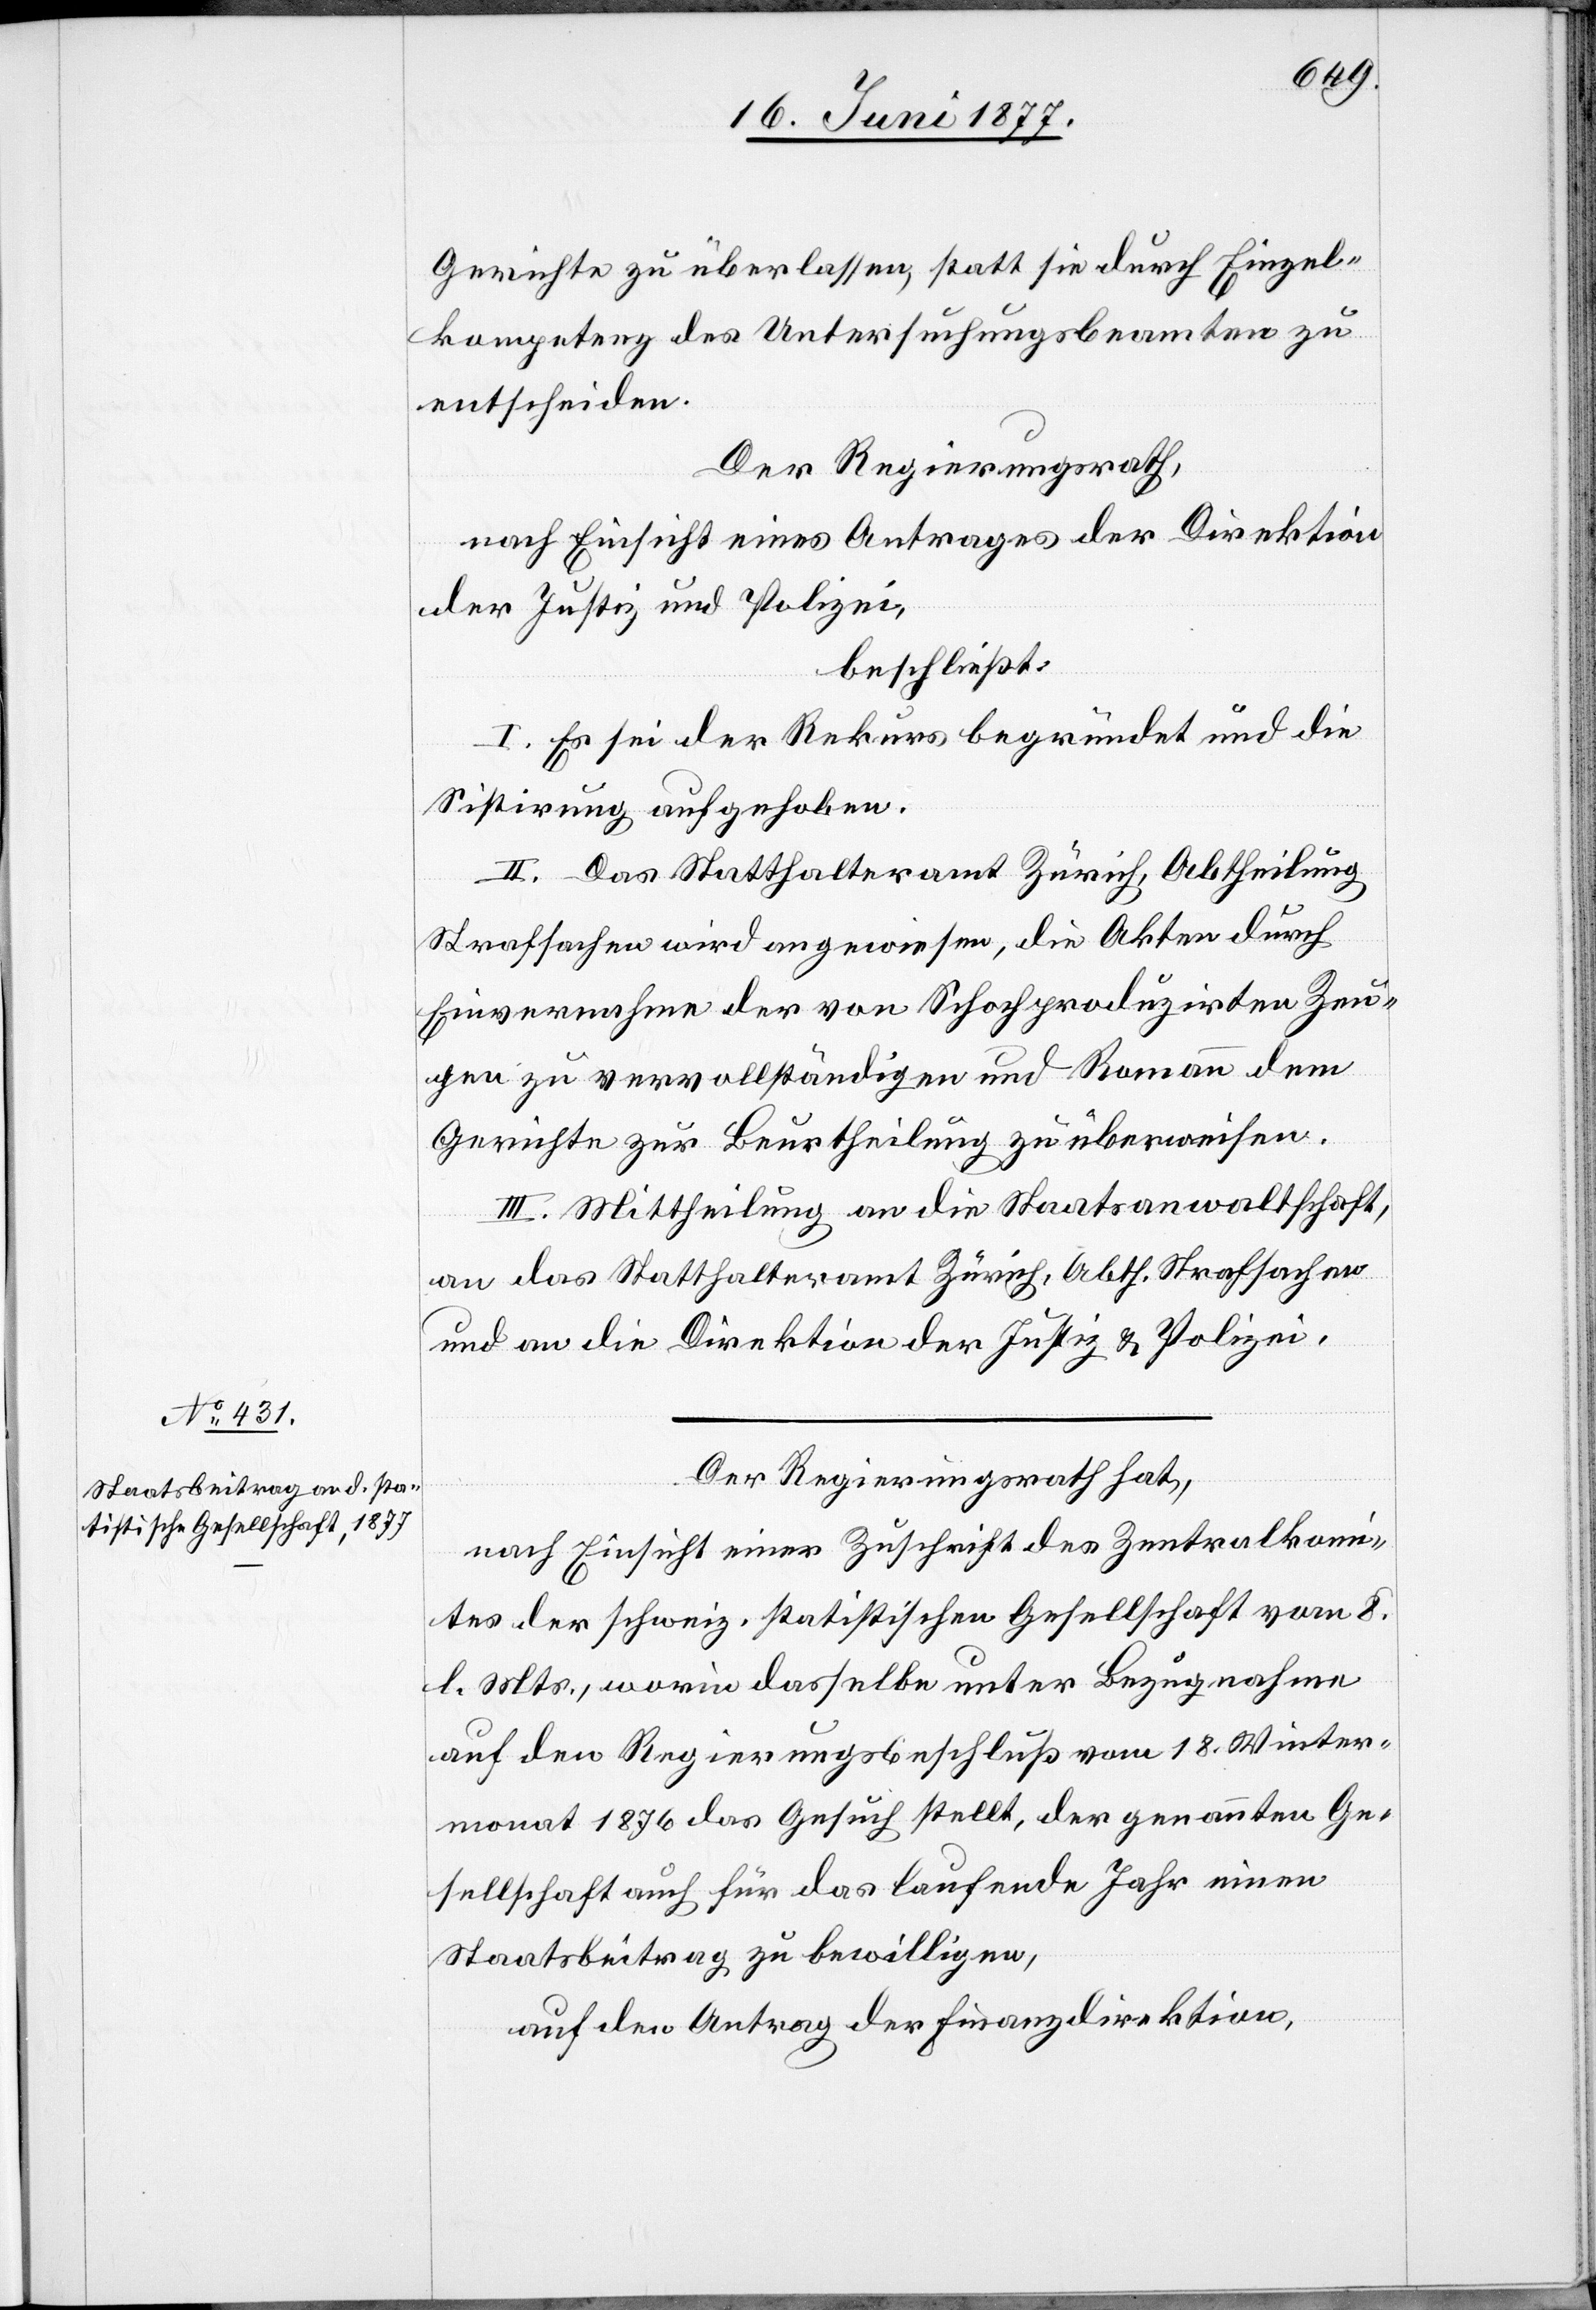
Gerichte zu überlassen, statt sie durch Einzel¬
kompetenz des Untersuchungsbeamten zu
entscheiden.
Der Regierungsrath,
nach Einsicht eines Antrages der Direktion
der Justiz und Polizei,
beschließt:
I. Es sei der Rekurs begründet und die
Sistirung aufgehoben.
II. Das Statthalteramt Zürich, Abtheilung
Strafsachen wird angewiesen, die Akten durch
Einvernahme der von Schoch produzirten Zeu¬
gen zu vervollständigen und Romann dem
Gerichte zur Beurtheilung zu überweisen.
III. Mittheilung an die Staatsanwaltschaft,
an das Statthalteramt Zürich, Abth. Strafsachen
und an die Direktion der Justiz & Polizei.
Der Regierungsrath hat,
nach Einsicht einer Zuschrift des Zentralkom¬
ites der schweiz. statistischen Gesellschaft vom 8.
l. Mts., worin dasselbe unter Bezugnahme
auf den Regierungsbeschluß vom 18. Winter¬
monat 1876 das Gesuch stellt, der genannten Ge¬
sellschaft auch für das laufende Jahr einen
Staatsbeitrag zu bewilligen,
auf den Antrag der Finanzdirektion,